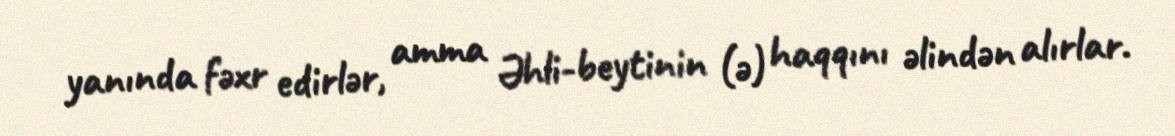
yanında fəxr edirlər, amma Əhli-beytinin (ə) haqqını əlindən alırlar.